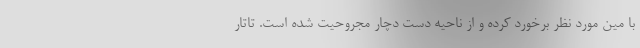
با مین مورد نظر برخورد کرده و از ناحیه دست دچار مجروحیت شده است. تاتار